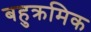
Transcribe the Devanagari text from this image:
बहुक्रमिक